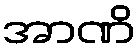
အာဏိ